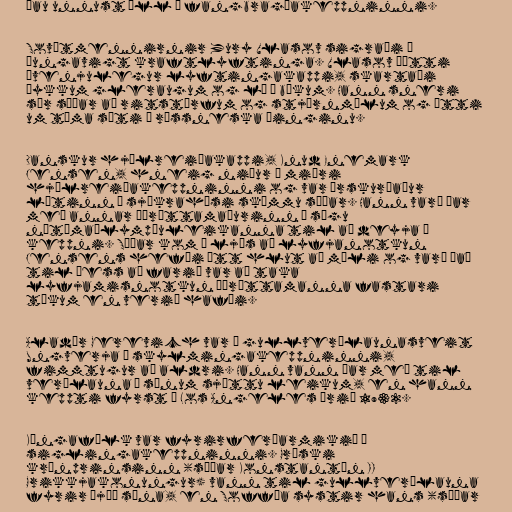
Þau unnust öll í fangbragðakeppninni.

Sovétmennirnir Yury Vlasov sigraði í
þungavigt kraftlyftinga. Vlasov þótti
óvenjulegur lyftingakappi, skartaði
þykkum gleraugum og lá í bókum. Hann sneri
sér síðar að ritstörfum og stjórnmálum og átti
um tíma sæti á rússneska þinginu.

Danskur hjólreiðakappi, Knud Enemark
Jensen, hneig niður í miðri
hjólreiðakeppninni og var úrskurðaður
látinn á sjúkrahúsi skömmu síðar. Hann varð þar
með annar íþróttamaðurinn í sögu
nútímaólympíuleikanna til að deyja í
keppni. Síðar kom í ljós að lyfjanotkun
Jensens hefði átt hlut að máli og varð það
til þess að farið var að taka
lyfjamisnotkun íþróttamanna fastari
tökum en verið hafði.

Aladár Gerevich var í gullverðlaunasveit
Ungverja í skylmingakeppninni,
fimmtugur að aldri. Hann vann þar með til
verðlauna á sínum sjöttu leikum, en hann
keppti fyrst í Los Angeles árið 1932.

Kóngafólk var fyrirferðarmikið í
siglingakeppninni. Gríski
krónprinsinn (síðar Konstantín II
Grikkjakonungur) vann til gullverðlauna
fyrir þjóð sína, en Soffía systir hans (síðar